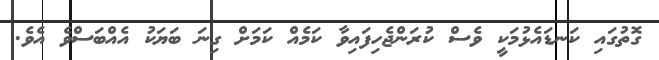
ގޮތުގައި ކަނޑައެޅުމަކީ ވެސް ކުރަންޖެހިފައިވާ ކަމެއް ކަމަށް ގިނަ ބަޔަކު އެއްބަސްވެ އެވެ.